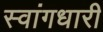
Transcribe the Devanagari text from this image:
स्वांगधारी